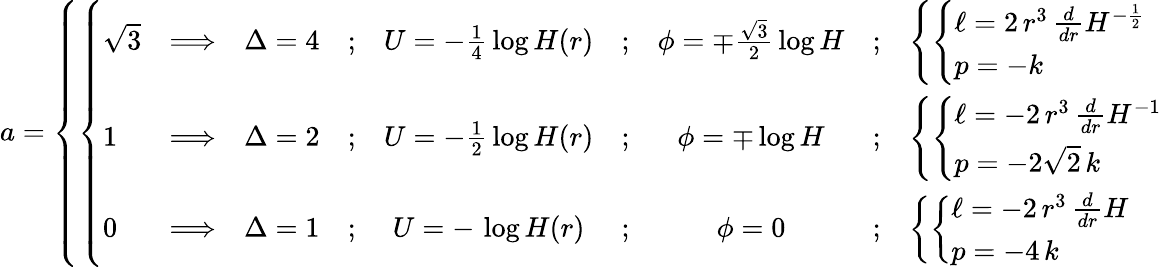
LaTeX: a=\left\{ \left\{ \begin{array}{ll}{{{\begin{array}{lcccccccl}{{\sqrt{3}}}&{{\Longrightarrow}}&{{\Delta=4}}&{{;}}&{{U=-\frac{1}{4}\, \log H(r)}}&{{;}}&{{\phi=\mp\frac{\sqrt{3}}{2}\, \log H}}&{{;}}&{{\left\{ \left\{ \begin{array}{ll}{{\ell=2\, r^{3}\, \frac{d}{dr}H^{-\frac{1}{2}}}}\\ {{p=-k}}\end{array}\right.\right.}}\\ {{1}}&{{\Longrightarrow}}&{{\Delta=2}}&{{;}}&{{U=-\frac{1}{2}\, \log H(r)}}&{{;}}&{{\phi=\mp\log H}}&{{;}}&{{\left\{ \left\{ \begin{array}{ll}{{\ell=-2\, r^{3}\, \frac{d}{dr}H^{-1}}}\\ {{p=-2\sqrt{2}\, k}}\end{array}\right.\right.}}\\ {{0}}&{{\Longrightarrow}}&{{\Delta=1}}&{{;}}&{{U=-\, \log H(r)}}&{{;}}&{{\phi=0}}&{{;}}&{{\left\{ \left\{ \begin{array}{ll}{{\ell=-2\, r^{3}\, \frac{d}{dr}H}}\\ {{p=-4\, k}}\end{array}\right.\right.}}\end{array}}}}\end{array}\right.\right.